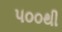
૫૦૦થી